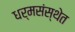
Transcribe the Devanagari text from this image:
धर्मसंस्थेत